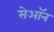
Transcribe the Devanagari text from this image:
सेऑन